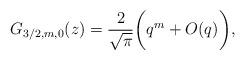
LaTeX: \begin{align*}G_{3/2,m,0}(z) = \frac{2}{\sqrt{\pi}}\biggl(q^m + O(q) \biggr),\end{align*}